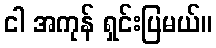
ငါ အကုန် ရှင်းပြမယ်။